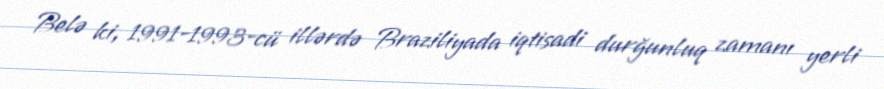
Belə ki, 1991-1993-cü illərdə Braziliyada iqtisadi durğunluq zamanı yerli